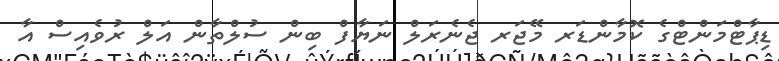
ޑިޕާޓްމަންޓްގެ ކޮމާންޑަރ މޭޖަރ ޖެނެރަލް ނަޔާފް ބިން ސުލްތާން އަލް ރުވެއިސް އާ